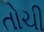
તોચી